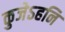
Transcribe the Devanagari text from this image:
कुजेऽहनि